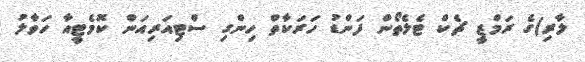
ލާރި)ގެ ރަމްޒީ ޗެކް ޓެލެތޯން ފަންޑު ހަރަކާތް ހިންގި ސްޓިއަރިއަން ކޮމެޓީއާ ހަވާލު